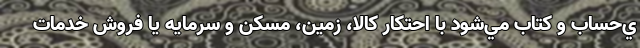
ي‌حساب و كتاب مي‌شود با احتكار کالا، زمين، مسكن و سرمايه يا فروش خدمات